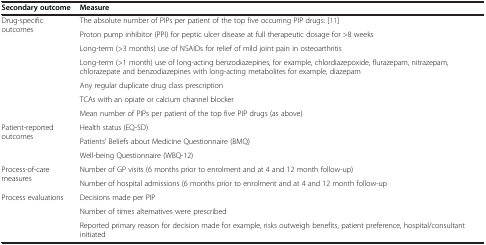
| Secondary outcome | Measure |
 | --- | --- |
 | <ROWSPAN=7> Drug-specific outcomes | The absolute number of PIPs per patient of the top five occurring PIP drugs: [11] |
 | Proton pump inhibitor (PPI) for peptic ulcer disease at full therapeutic dosage for >8 weeks |
 | Long-term (>3 months) use of NSAIDs for relief of mild joint pain in osteoarthritis |
 | Long-term (>1 month) use of long-acting benzodiazepines, for example, chlordiazepoxide, flurazepam, nitrazepam, chlorazepate and benzodiazepines with long-acting metabolites for example, diazepam |
 | Any regular duplicate drug class prescription |
 | TCAs with an opiate or calcium channel blocker |
 | Mean number of PIPs per patient of the top five PIP drugs (as above) |
 | <ROWSPAN=3> Patient-reported outcomes | Health status (EQ-5D) |
 | Patients’ Beliefs about Medicine Questionnaire (BMQ) |
 | Well-being Questionnaire (WBQ-12) |
 | <ROWSPAN=2> Process-of-care measures | Number of GP visits (6 months prior to enrolment and at 4 and 12 month follow-up) |
 | Number of hospital admissions (6 months prior to enrolment and at 4 and 12 month follow-up |
 | <ROWSPAN=3> Process evaluations | Decisions made per PIP |
 | Number of times alternatives were prescribed |
 | Reported primary reason for decision made for example, risks outweigh benefits, patient preference, hospital/consultant initiated |